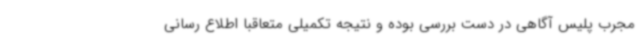
مجرب پلیس آگاهی در دست بررسی بوده و نتیجه تکمیلی متعاقبا اطلاع رسانی